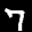
Label: 7